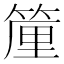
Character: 𱸑